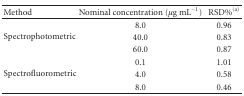
<table><thead><tr><td><b>Method</b></td><td><b>Nominal concentration (<i>μ</i>g mL<sup>−1</sup>)</b></td><td><b>RSD%<sup>(a)</sup></b></td></tr></thead><tbody><tr><td rowspan="3">Spectrophotometric</td><td>8.0</td><td>0.96</td></tr><tr><td>40.0</td><td>0.83</td></tr><tr><td>60.0</td><td>0.87</td></tr><tr><td rowspan="3"> Spectrofluorometric</td><td>0.1</td><td>1.01</td></tr><tr><td>4.0</td><td>0.58</td></tr><tr><td>8.0</td><td>0.46</td></tr></tbody></table>